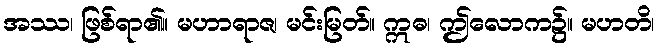
အဿ၊ ဖြစ်ရာ၏။ မဟာရာဇ၊ မင်းမြတ်။ ဣဓ၊ ဤလောက၌။ မဟတိ၊